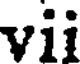
vii